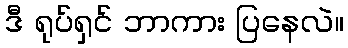
ဒီ ရုပ်ရှင် ဘာကား ပြနေလဲ။